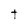
Character: t